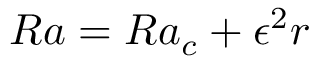
{ R a = R a _ { c } + \epsilon ^ { 2 } r }